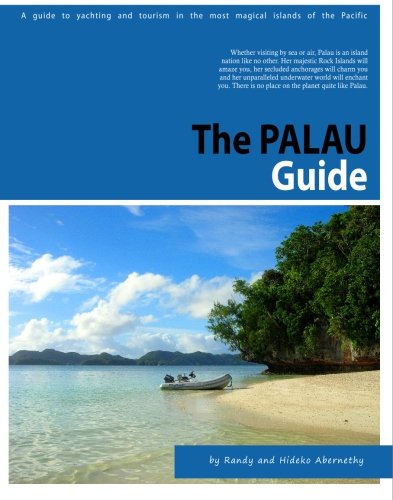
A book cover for The Palau Guide: A guide to yachting and tourism in Palau; Randy Abernethy; Travel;